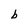
Character: b